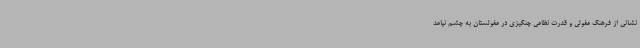
نشانی از فرهنگ مغولی و قدرت نظامی چنگیزی در مغولستان به چشم نیامد